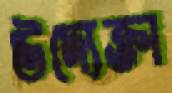
উদ্যেক্তা